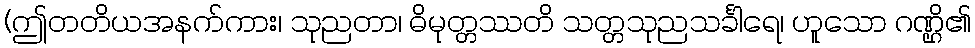
(ဤတတိယအနက်ကား၊ သုညတာ၊ ဓိမုတ္တဿတိ သတ္တသုညသင်္ခါရေ၊ ဟူသော ဂဏ္ဌိ၏